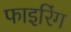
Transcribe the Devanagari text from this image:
फाइरिंग